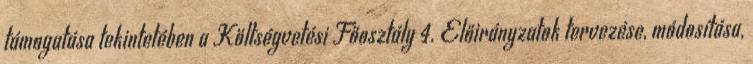
támogatása tekintetében a Költségvetési Főosztály 4. Előirányzatok tervezése, módosítása,